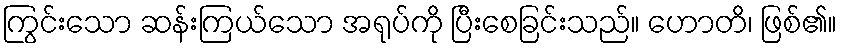
ကြွင်းသော ဆန်းကြယ်သော အရုပ်ကို ပြီးစေခြင်းသည်။ ဟောတိ၊ ဖြစ်၏။